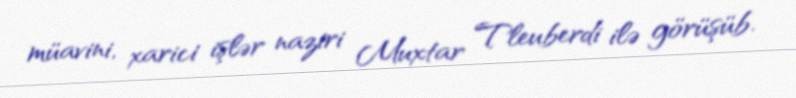
müavini, xarici işlər naziri Muxtar Tleuberdi ilə görüşüb.